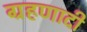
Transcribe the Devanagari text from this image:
ग्रहणादी